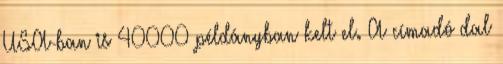
USA-ban is 40000 példányban kelt el. A címadó dal